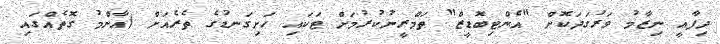
ދިފާޢީ ނިޒާމު ވަރުގަދަކޮށް "އެންޓިބޮޑީޒް" ތަމްރީނުކުރުމަށް ޓަކައި ހަށިގަނޑުގެ ތެރެއަށް (އާންމު ގޮތެއްގައި